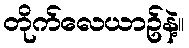
တိုက်လေယာဥ်နဲ့။